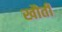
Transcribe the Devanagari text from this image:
खौती